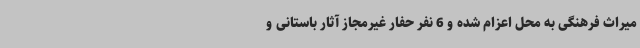
میراث فرهنگی به محل اعزام شده و 6 نفر حفار غیرمجاز آثار باستانی و